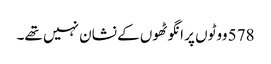
578 ووٹوں پر انگوٹھوں کے نشان نہیں تھے۔